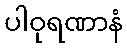
ပါဝုရဏာနံ